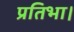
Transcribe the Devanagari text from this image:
प्रतिभा।